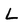
Character: L